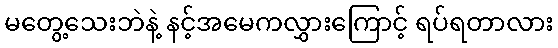
မတွေ့သေးဘဲနဲ့ နင့်အမေကလွှားကြောင့် ရပ်ရတာလား